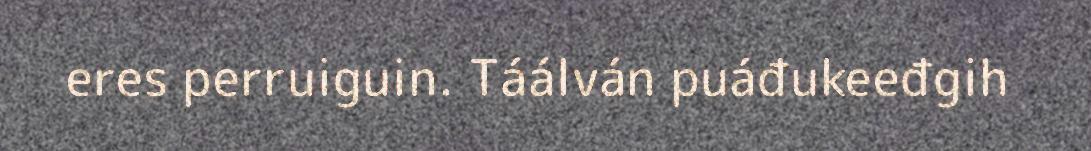
eres perruiguin. Táálván puáđukeeđgih